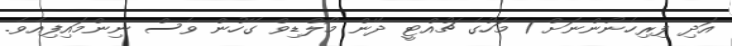
އަދި ފިރިހެނުންނަށް 1 މަހުގެ ޗުއްޓީ ދޭން މޯލްޑިވް ގޭހުން ވެސް ނިންމައިފިއެވެ.